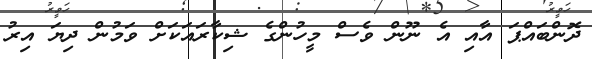
ދޮންބައްޕަ އާއި އެ ނޫން ވެސް މީހުންގެ ޝިކާރައަކަށް ވަމުން ދިޔަ އިރު